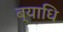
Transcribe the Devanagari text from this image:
ब्‍याधि